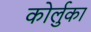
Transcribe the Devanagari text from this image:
कोर्लुका